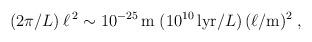
LaTeX: \begin{align*} (2\pi /L) \: \ell^{\,2} \sim 10^{-25}\, \mathrm{m}\; ( 10^{10}\,\mathrm{lyr}/L)\, ( \ell/\mathrm{m})^2 \;,\end{align*}